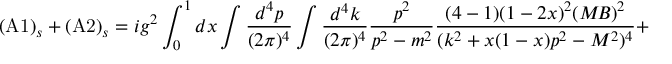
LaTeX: \mathrm { ( A 1 ) } _ { s } + \mathrm { ( A 2 ) } _ { s } = i g ^ { 2 } \int _ { 0 } ^ { 1 } d x \int { \frac { d ^ { 4 } p } { ( 2 \pi ) ^ { 4 } } } \int { \frac { d ^ { 4 } k } { ( 2 \pi ) ^ { 4 } } } { \frac { p ^ { 2 } } { p ^ { 2 } - m ^ { 2 } } } { \frac { ( 4 - 1 ) ( 1 - 2 x ) ^ { 2 } ( M \! B ) ^ { 2 } } { ( k ^ { 2 } + x ( 1 - x ) p ^ { 2 } - M ^ { 2 } ) ^ { 4 } } } +